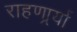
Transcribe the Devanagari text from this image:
राहणार्र्या